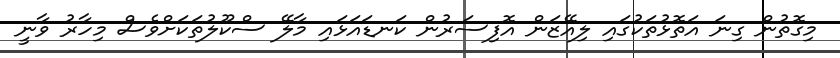
މިގޮތުން ގިނަ އަތޮޅުތަކުގައި ލިއޭޒަން އޮފިސަރުން ކަނޑައަޅައި މާލޭ ސްކޫލުތަކަށްވެސް މިހާރު ވާނީ